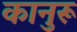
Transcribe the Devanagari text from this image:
कानुरू